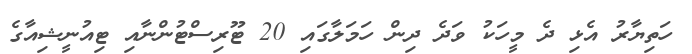
ހަތިޔާރު އެޅި ދެ މީހަކު ވަދެ ދިން ހަމަލާގައި 20 ޓޫރިސްޓުންނާއި ޓިއުނީޝިއާގެ